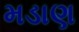
મડાણ